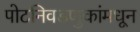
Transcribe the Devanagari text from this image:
पोटनिवडणुकांमधून